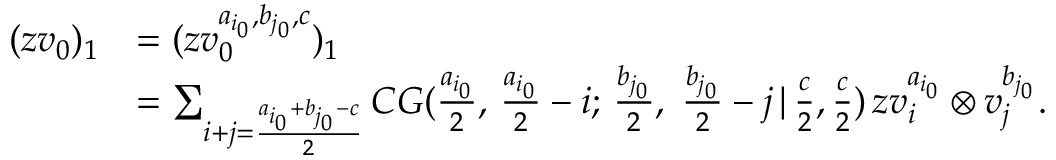
\begin{array} { r l } { ( z v _ { 0 } ) _ { 1 } } & { = ( z v _ { 0 } ^ { a _ { i _ { 0 } } , b _ { j _ { 0 } } , c } ) _ { 1 } } \\ & { = \sum _ { i + j = \frac { a _ { i _ { 0 } } + b _ { j _ { 0 } } - c } { 2 } } C G ( \frac { a _ { i _ { 0 } } } { 2 } , \, \frac { a _ { i _ { 0 } } } { 2 } - i ; \, \frac { b _ { j _ { 0 } } } { 2 } , \; \frac { b _ { j _ { 0 } } } { 2 } - j \, | \, \frac { c } { 2 } , \frac { c } { 2 } ) \, z v _ { i } ^ { a _ { i _ { 0 } } } \otimes v _ { j } ^ { b _ { j _ { 0 } } } . } \end{array}